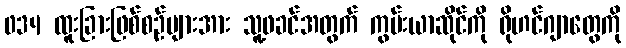
034 ထူးခြားဖြစ်စဉ်များအား သူ့ဖခင်အတွက် ကွမ်းယာဆိုင်ကို ရိုဟင်ဂျာတွေကို